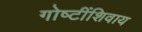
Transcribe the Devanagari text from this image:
गोष्‍टींशिवाय